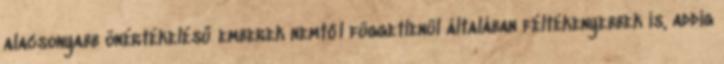
alacsonyabb önértékelésű emberek nemtől függetlenül általában féltékenyebbek is, addig